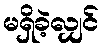
မရှိခဲ့လျှင်